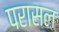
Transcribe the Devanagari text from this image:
परासल